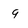
Character: 9